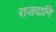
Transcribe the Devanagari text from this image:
राजदानि